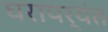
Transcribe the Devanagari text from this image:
घरापर्यंत